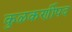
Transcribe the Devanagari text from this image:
कुळकर्णीपद